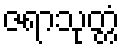
ဇရာသုတ္တံ